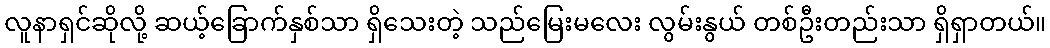
လူနာရှင်ဆိုလို့ ဆယ့်ခြောက်နှစ်သာ ရှိသေးတဲ့ သည်မြေးမလေး လွမ်းနွယ် တစ်ဦးတည်းသာ ရှိရှာတယ်။